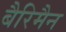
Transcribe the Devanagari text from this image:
बैरिमैन